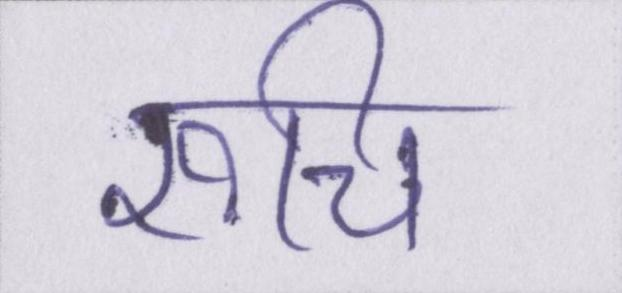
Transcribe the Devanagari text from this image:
रूचि